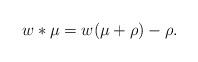
LaTeX: \begin{align*}w * \mu = w(\mu + \rho) - \rho.\end{align*}